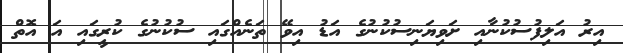
އިރު އަލިފުސުކުނާއި ށަވިޔަނިސުކުނުގެ އަޑު އިވޭ ތަނެއްގައި ސުކުނުގެ ކުރީގައި އަ އޮތް